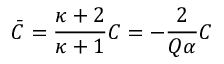
\bar { C } = \frac { \kappa + 2 } { \kappa + 1 } C = - \frac { 2 } { Q \alpha } C